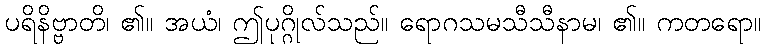
ပရိနိဗ္ဗာတိ၊ ၏။ အယံ၊ ဤပုဂ္ဂိုလ်သည်။ ရောဂသမသီသီနာမ၊ ၏။ ကတရော။